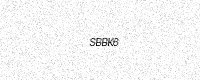
Text: SBBK6